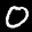
Label: 0